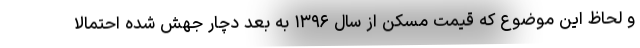
و لحاظ این موضوع که قیمت مسکن از سال ۱۳۹۶ به بعد دچار جهش شده احتمالا